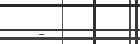
- .